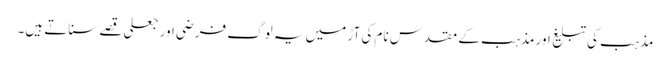
مذہب کی تبلیغ اور مذہب کے مقدس نام کی آڑ میں یہ لوگ فرضی اور جعلی قصے سناتے ہیں۔